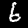
Label: 6